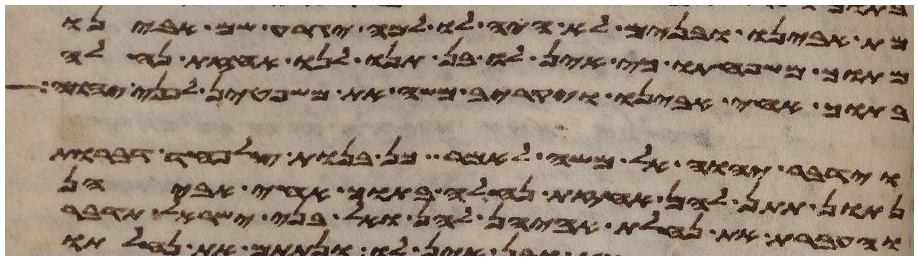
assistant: מת אבינו ובנים לא היה לו למה יגרע שם אבינו
מתוך משפחתו כי אין לו בן תנו לנו אחזת נחלה
בתוך אחי אבינו ויקרב משה את משפטן לפני יהוה
וידבר יהוה אל משה לאמר כן בנות צלפחד דברות
נתן תתן להן אחזת נחלה בתוך אחי אביהן
והעברת את נחלת אביהן להן ואל בני ישראל תדבר